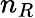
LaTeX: n_{R}